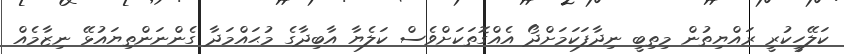
ކަލޭހީކުރީ ރައްޔިތުން މިތިބީ ނިދާފަކަމަށްދޯ އެއްގޮތަކަށްވެސް ކަލެޔާ އާބިދާގެ މުޙައްމަދާ ގެންނަންތިޔައުޅޭ ނިޒާމެއް